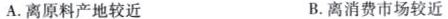
A. 离原料产地较近 B. 离消费市场较近